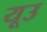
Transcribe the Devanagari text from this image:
यूउ